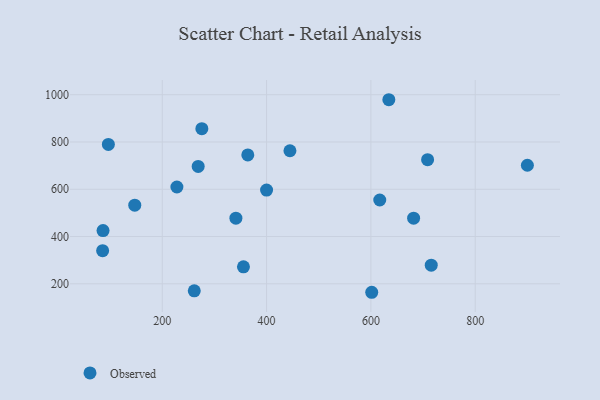
{"axis": {"x": "Investment", "y": "Rating"}, "legend": ["Observed"], "data": [{"x": "228.1", "y": 609.5, "type": "Observed"}, {"x": "900.0", "y": 701.6, "type": "Observed"}, {"x": "268.9", "y": 696.5, "type": "Observed"}, {"x": "147.3", "y": 532.6, "type": "Observed"}, {"x": "601.6", "y": 164.2, "type": "Observed"}, {"x": "634.4", "y": 978.8, "type": "Observed"}, {"x": "96.7", "y": 789.9, "type": "Observed"}, {"x": "444.8", "y": 763.0, "type": "Observed"}, {"x": "708.7", "y": 725.1, "type": "Observed"}, {"x": "85.7", "y": 340.0, "type": "Observed"}, {"x": "341.2", "y": 477.7, "type": "Observed"}, {"x": "275.9", "y": 856.3, "type": "Observed"}, {"x": "400.0", "y": 596.5, "type": "Observed"}, {"x": "86.5", "y": 425.4, "type": "Observed"}, {"x": "364.0", "y": 745.1, "type": "Observed"}, {"x": "355.7", "y": 271.9, "type": "Observed"}, {"x": "715.7", "y": 278.7, "type": "Observed"}, {"x": "261.4", "y": 170.2, "type": "Observed"}, {"x": "617.0", "y": 554.5, "type": "Observed"}, {"x": "681.9", "y": 477.6, "type": "Observed"}]}